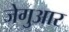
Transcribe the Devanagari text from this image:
जेगुआर